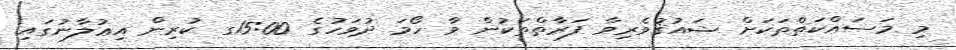
މި މަސައްކަތްތަކަށް ޝައުޤުވެރިވާ ފަރާތްތަކުން ވާ ހޯމަ ދުވަހުގެ 15:00ގ ކުރިން އިޢުލާނުގައި